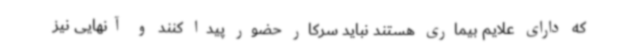
که دارای علایم بیماری هستند نباید سرکار حضور پیدا کنند و آنهایی نیز